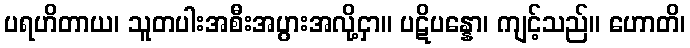
ပရဟိတာယ၊ သူတပါးအစီးအပွားအလို့ငှာ။ ပဋိပန္နော၊ ကျင့်သည်။ ဟောတိ၊